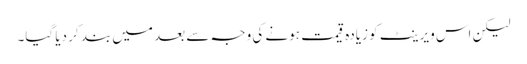
لیکن اس ویرینٹ کو زیادہ قیمت ہونے کی وجہ سے بعد میں بند کر دیا گیا۔